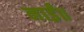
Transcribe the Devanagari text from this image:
नाईं॥